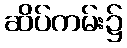
ဆိပ်ကမ်း၌